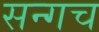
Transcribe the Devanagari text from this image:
सन्गच